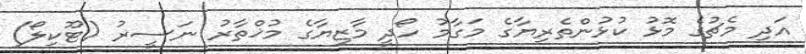
އަދި މެޗުގެ މޮޅު ކުޅުންތެރިޔާގެ މަގާމު ހޯދީ މާޒިޔާގެ މުޚްތާރު ނަސީރު (ޓޫކިލޯ)